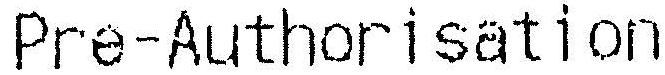
PRE-AUTHORISATION